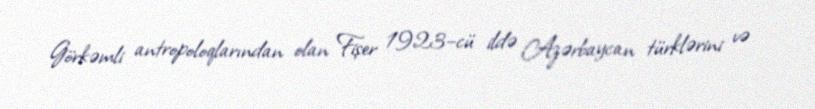
Görkəmli antropoloqlarından olan Fişer 1923–cü ildə Azərbaycan türklərini və